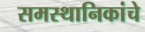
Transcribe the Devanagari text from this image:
समस्थानिकांचे